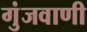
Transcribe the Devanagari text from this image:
गुंजवाणी